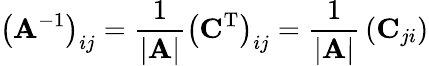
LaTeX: \left(\mathbf{A}^{-1}\right)_{ij}={\frac{1}{\left|\begin{array}{l}{\mathbf{A}}\end{array}\right|}}\left(\mathbf{C}^{\mathrm{T}}\right)_{ij}={\frac{1}{\left|\begin{array}{l}{\mathbf{A}}\end{array}\right|}}\left(\mathbf{C}_{ji}\right)